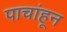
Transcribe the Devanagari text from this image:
पाचांहून